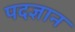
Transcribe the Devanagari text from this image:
पदज्ञान